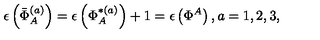
\epsilon \left( \bar { \Phi } _ { A } ^ { ( a ) } \right) = \epsilon \left( \Phi _ { A } ^ { * ( a ) } \right) + 1 = \epsilon \left( \Phi ^ { A } \right) , a = 1 , 2 , 3 ,